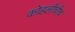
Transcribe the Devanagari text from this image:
कोहलीचीच